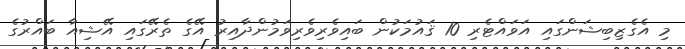
މި އެގެޒިބިޝަންގައި އަވައްޓެރި 10 ޤައުމަކުން ބައިވެރިވެރިވަމުންދާއިރު އޭގެ ތެރޭގައި އޭޝިއާ ބައްރުގެ